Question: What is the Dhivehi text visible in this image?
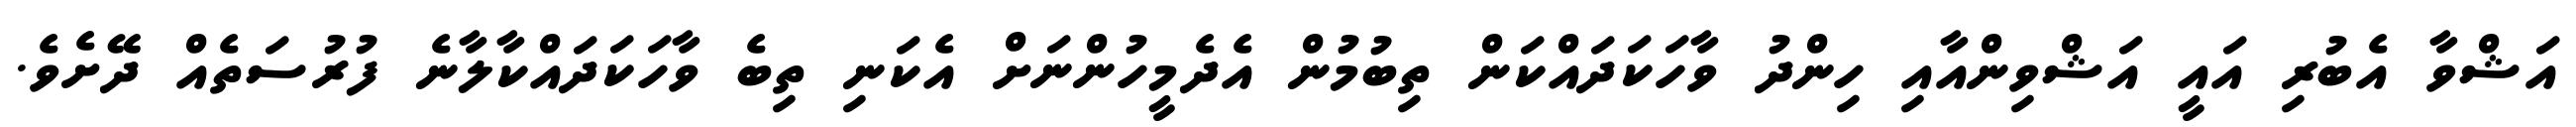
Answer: އަޝްވާ އެބުރި އައީ އަޝްވިންއާއި ހިންދު ވާހަކަދައްކަން ތިބުމުން އެދެމީހުންނަށް އެކަނި ތިބެ ވާހަކަދައްކާލާނެ ފުރުސަތެއް ދޭށެވެ.